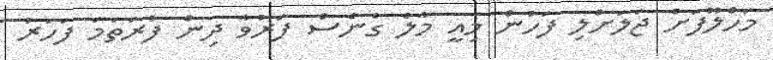
މަހްލޫފަށް ޖަލަށްލި ފަހުން މިއީ މާލެ ގެނެސް ފަރުވާ ދިން ފުރަތަމަ ފަހަރު